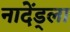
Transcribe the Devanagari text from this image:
नादेंड्ला